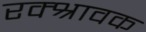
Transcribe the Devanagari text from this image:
रक्श्रावक